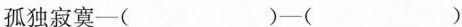
孤独寂寞-( )-( )